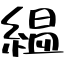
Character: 縕